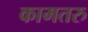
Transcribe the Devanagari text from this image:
कामतरु